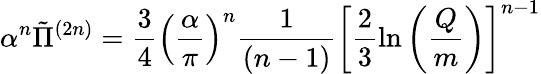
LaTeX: \alpha^{n}\tilde{\Pi}^{(2n)}=\frac{3}{4}\left(\frac{\alpha}{\pi}\right)^{n}\frac{1}{(n-1)}\left[\frac{2}{3}\ln\left(\frac{Q}{m}\right)\right]^{n-1}